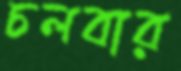
চলবার